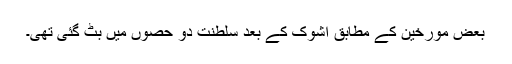
بعض مورخین کے مطابق اشوک کے بعد سلطنت دو حصوں میں بٹ گئی تھی۔